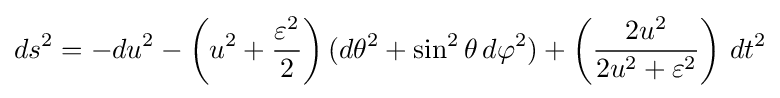
ds^{2}=-du^{2}-\left(u^{2}+{\frac {\varepsilon ^{2}}{2}}\right)(d\theta ^{2}+\sin ^{2}\theta \,d\varphi ^{2})+\left({\frac {2u^{2}}{2u^{2}+\varepsilon ^{2}}}\right)\,dt^{2}